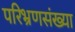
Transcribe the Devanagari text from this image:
परिभ्रणसंख्या